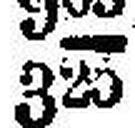
325